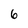
Character: 6